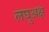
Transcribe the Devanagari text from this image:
लघुअक्ष